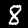
Label: 8